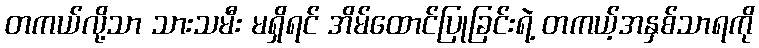
တကယ်လို့သာ သားသမီး မရှိရင် အိမ်ထောင်ပြုခြင်းရဲ့ တကယ့်အနှစ်သာရကို